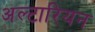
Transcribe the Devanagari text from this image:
अल्टारियन